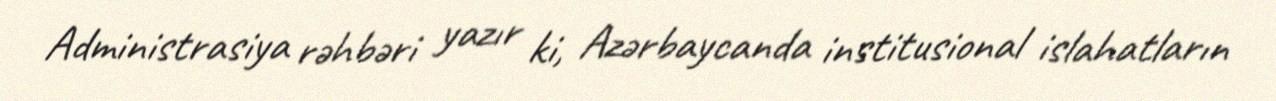
Administrasiya rəhbəri yazır ki, Azərbaycanda institusional islahatların